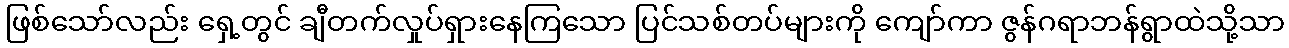
ဖြစ်သော်လည်း ရှေ့တွင် ချီတက်လှုပ်ရှားနေကြသော ပြင်သစ်တပ်များကို ကျော်ကာ ဇွန်ဂရာဘန်ရွာထဲသို့သာ